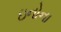
ઇનોના